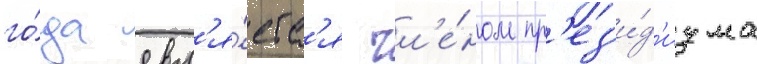
го́да явл'я́етс'я чл'е́ном пр'ез'и́д'иума